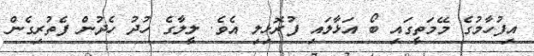
އިފުހާމުގެ މޭމަތީގައި ބޯ އަޅާލައި ފުރޮޅިލި އެވެ. ލީލާގެ ހުދު ހެދުން ފެތުރިގެން